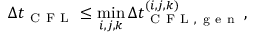
\Delta t _ { \mathrm { ~ C ~ F ~ L ~ } } \le \operatorname* { m i n } _ { i , j , k } \Delta t _ { \mathrm { ~ C ~ F ~ L ~ , ~ g ~ e ~ n ~ } } ^ { ( i , j , k ) } \, ,